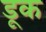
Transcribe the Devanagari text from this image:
डूक